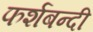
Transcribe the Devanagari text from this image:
फर्शबन्दी